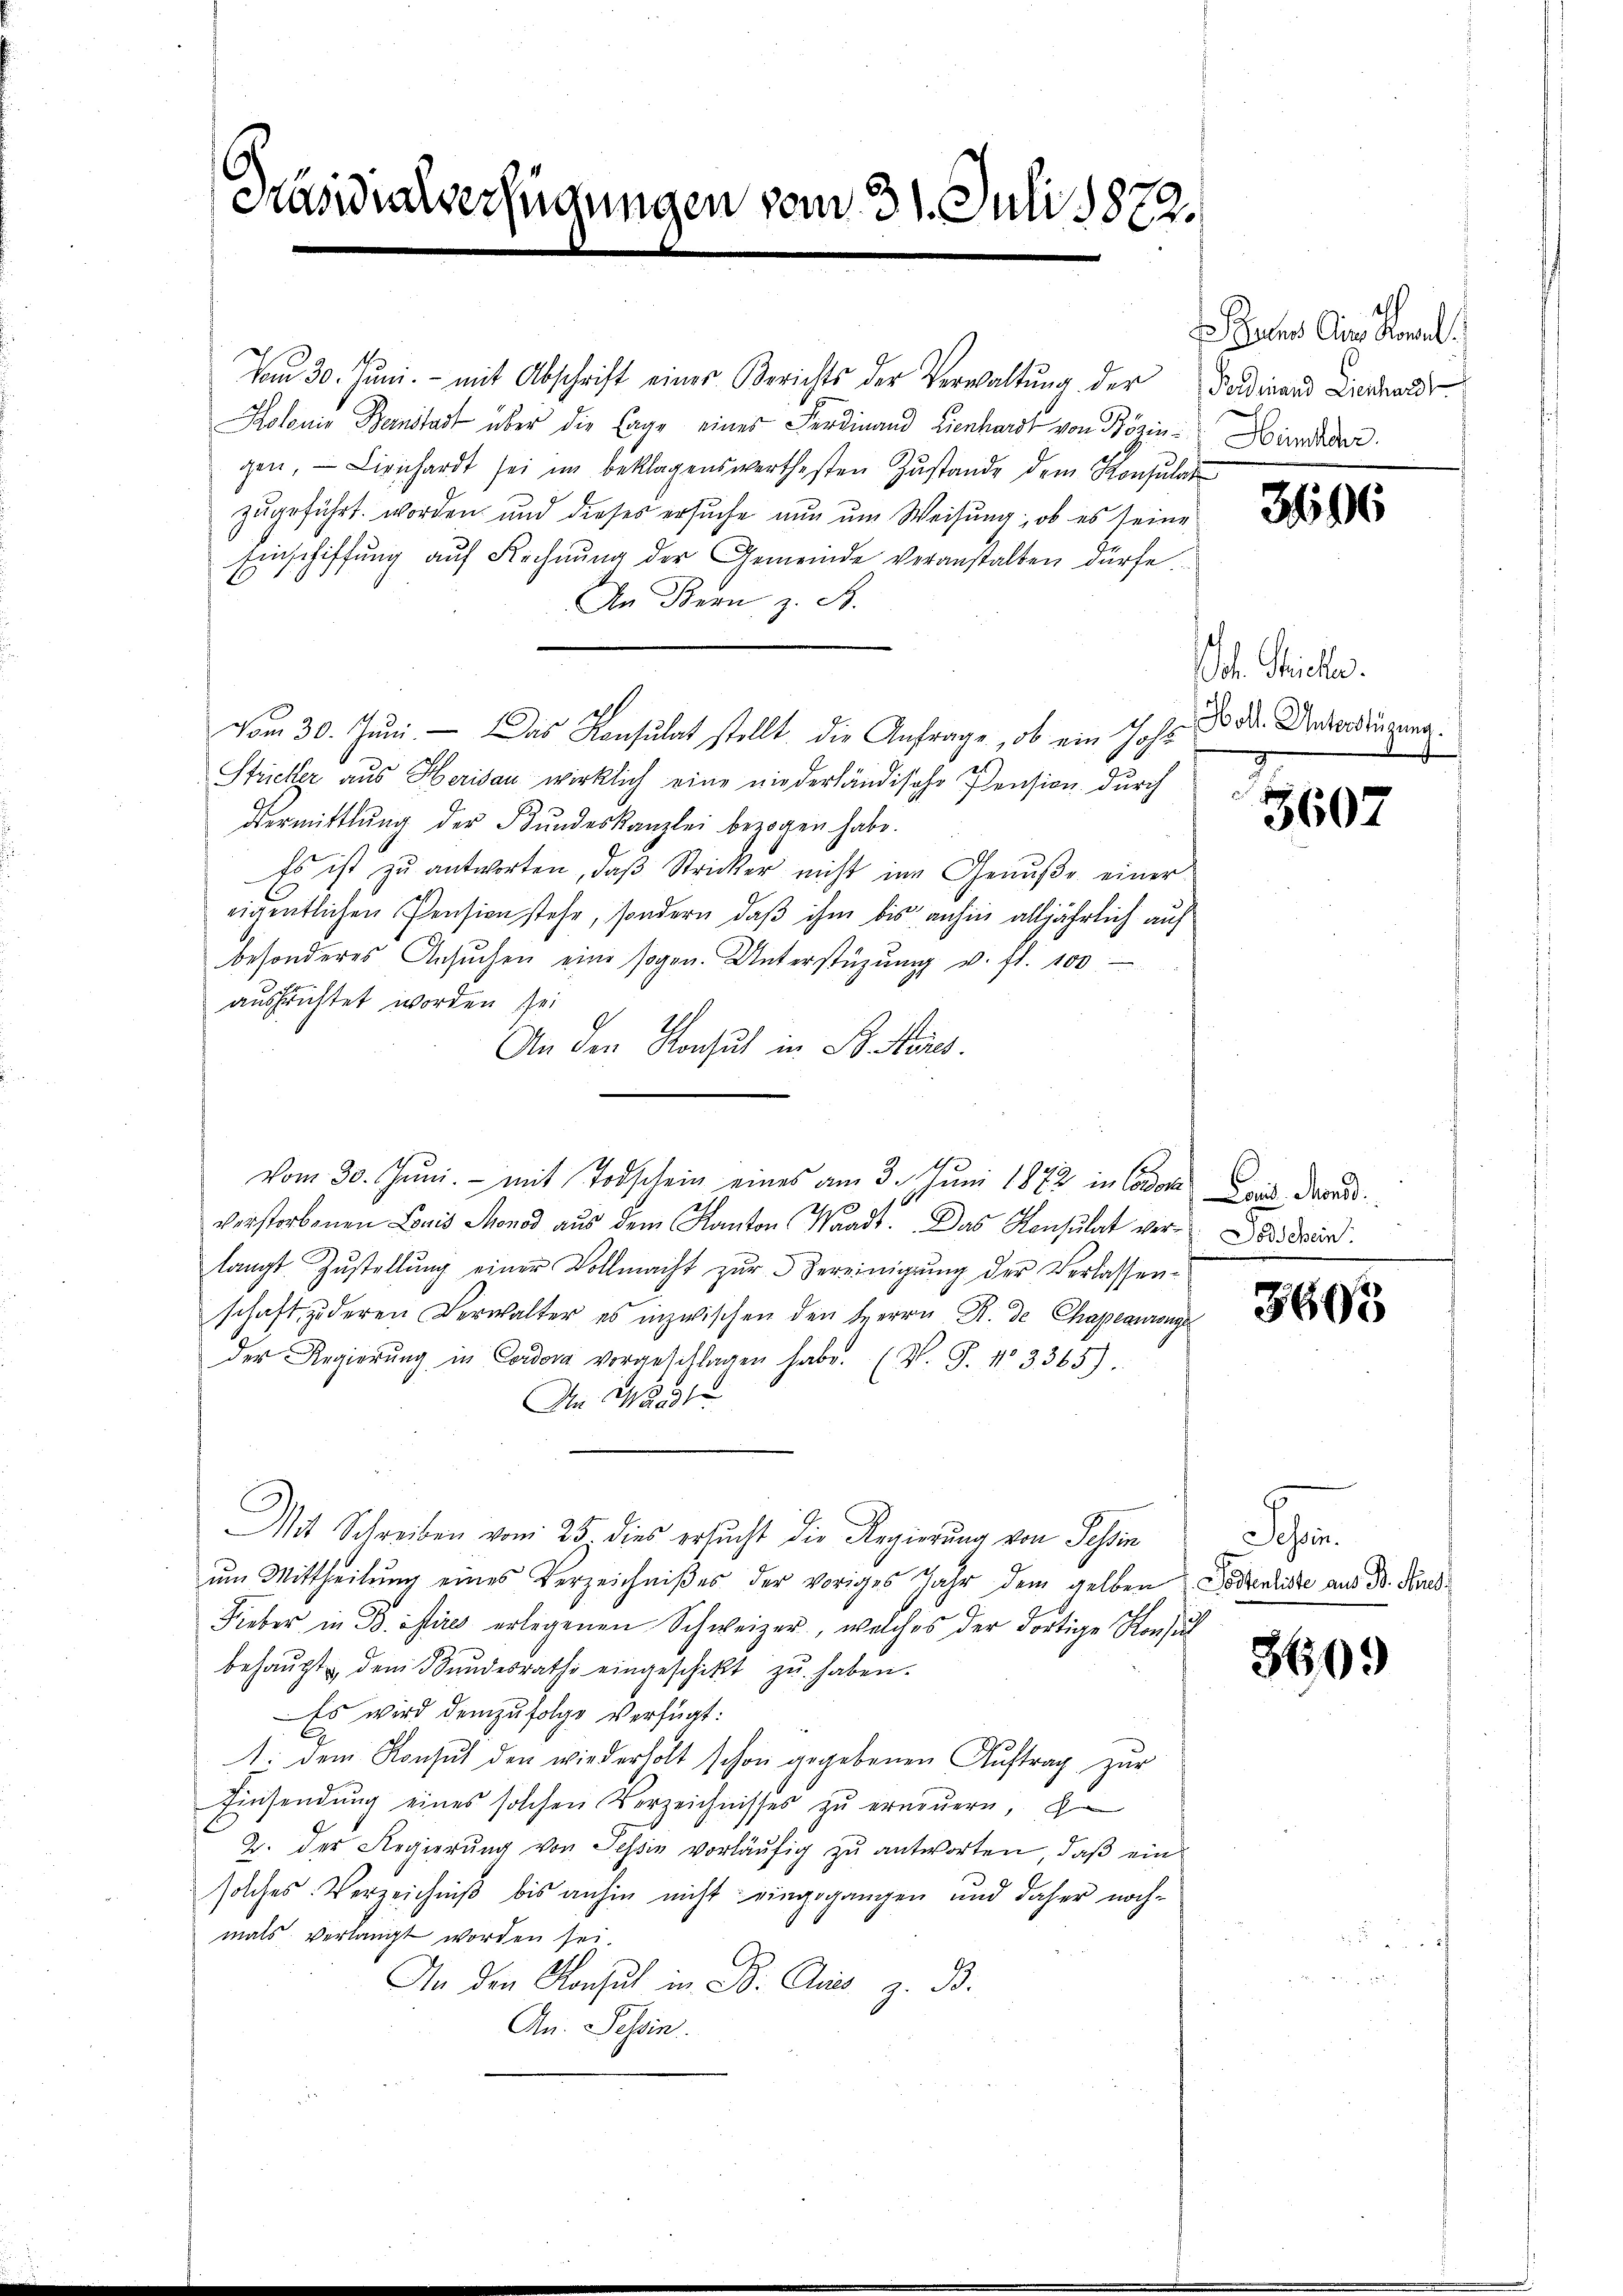
Präsidialverfügungen vom 31. Juli 1872.

vom 30. Juni. - mit Abschrift eines Berichts der Verwaltŭng der
Kolonis Bernstadt über die Tage einer Ferdinand Lienhardt von Bözin
gen. Lienhardt sei im beklagenswerthesten Zustande dem Konsulat
zugeführt worden und dieses ersuche nun um Weisung, ob es seine
Einschiffung auf Rechnŭng der Gemeinde veranstalten dürfe.
An Bern z. B.
vom 30. Jŭni. — Das Konsulat stellt, die Anfrage, ob ein Joh.
Stricker aus Herisau wirklich eine niederländische Pension durch
Vermittlung der Bŭndeskanzlei bezogen habe.
Es ist zŭ antworten, daβ Stricker nicht im Genŭβe einer
eigentlichen Pension stehe, sondern daß ihm bis anhin alljährlich auf
besonderes Ansŭchen eine sogen. Unterstüzung v. fl. 100
ausfruchtet worden sei
An den Konsul in St. Nies
vom 30. Juni. - mit Todschein eines am 3. Juni 1872 in Coder aus Dran
verstorbenen Louis Monod aus dem Kanton Waadt. Das Konsulat ver-Dordver
langt Zustellung einer Vollmacht zur Vereinigung der Verlassenschaft zu deren Verwalter es inzwischen den Herrn R. de Chapeauronge
der Regierŭng in Cordova vorgeschlagen habe. (v. J. No 3365).
An Waadt
Mit Schreiben vom 25 dies ersucht die Regierung von Tessin
um Mittheilung eines Verzeichnißes der voriges Jahr dem gelben Kostenliste aus Dr. Fund
Fieber in B. istires erlegenen Schweizer, welches der dortige Konsul
behaŭpt dem Bundesrathe eingeschikt zŭ haben.
Es wird demzufolge Verfügt:
1. dem Konsŭt den wiederholt schon gegebenen Aŭftrag zŭr
Einsendŭng eines solchen Vorzeichnisses zŭ erneuern, d
2. der Regierung von Tessin vorläŭfig zu antworten, daß ein
solches Verzeichniß bis anhin nicht eingegangen und daher noch-
mals verlangt worden sei.
An den Konsul in B. Als z. B.
An. Tessin.

ch
Sunes Clins Konsul
Ferdinand Lienhardt
Hemden

396

ch. Wiecker.
Holl. Unterstüzung.

3607

3605

.

3609